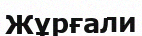
Жұрғали